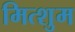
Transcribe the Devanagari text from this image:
मित्शुम